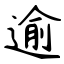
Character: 逾